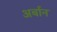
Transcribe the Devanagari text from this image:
अर्बान